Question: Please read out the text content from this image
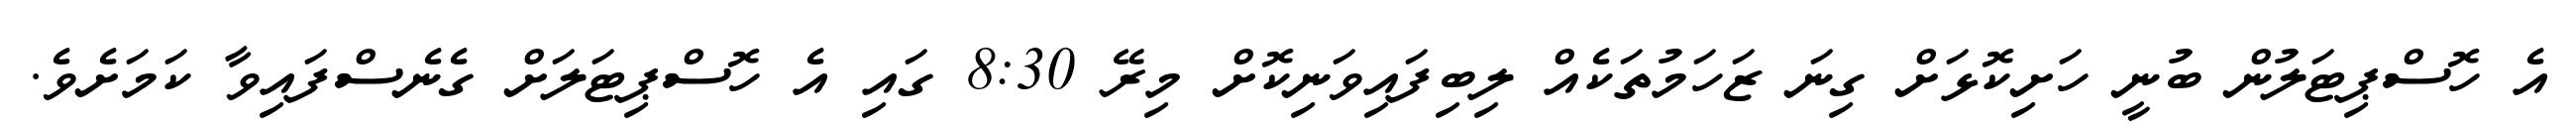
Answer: އެ ހޮސްޕިޓަލުން ބުނީ ހަށިކޮޅަށް ގިނަ ޒަހަމުތަކެއް ލިބިފައިވަނިކޮށް މިރޭ 8:30 ގައި އެ ހޮސްޕިޓަލަށް ގެނެސްފައިވާ ކަމަށެވެ.